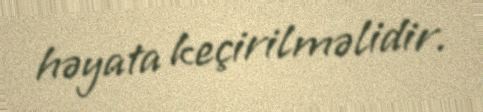
həyata keçirilməlidir.